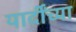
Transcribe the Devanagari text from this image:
यार्दींच्या